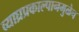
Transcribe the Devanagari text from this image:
व्याघ्रप्रकाल्पानमुळेच